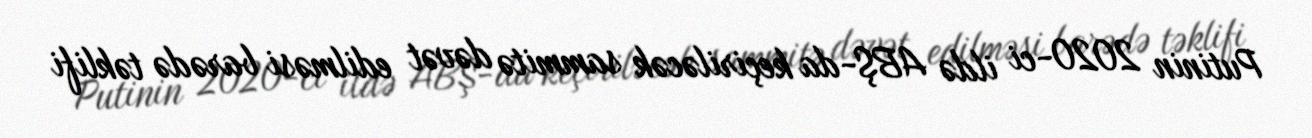
Putinin 2020-ci ildə ABŞ-da keçiriləcək sammitə dəvət edilməsi barədə təklifi